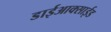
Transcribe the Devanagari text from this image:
डाईआक्साईड